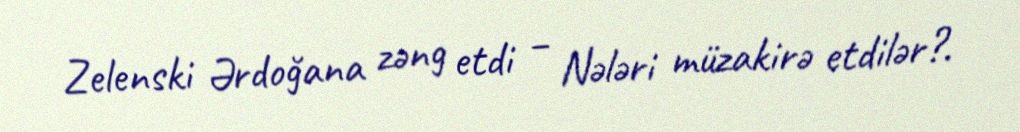
Zelenski Ərdoğana zəng etdi – Nələri müzakirə etdilər?.